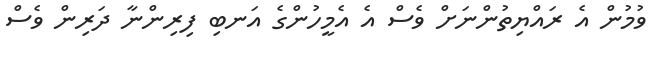
ވުމުން އެ ރައްޔިތުންނަށް ވެސް އެ އެމީހުންގެ އަނބި ފިރިންނާ ދަރިން ވެސް